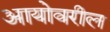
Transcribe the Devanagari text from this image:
आयोवरील